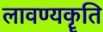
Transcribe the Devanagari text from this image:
लावण्यकॄति